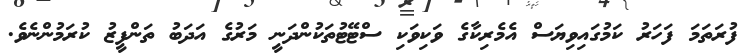
ފުރަތަމަ ފަހަރު ކަމުގައިވިޔަސް އެމެރިކާގެ ވަކިވަކި ސްޓޭޓުތަކުންދަނީ މަރުގެ އަދަބު ތަންފީޒު ކުރަމުންނެވެ.